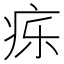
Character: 𬏤